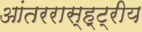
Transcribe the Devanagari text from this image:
आंतररास्ह्ट्रीय